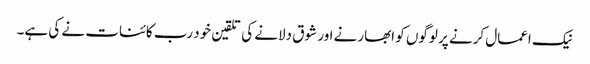
نیک اعمال کرنے پر لوگوں کو ابھارنے اور شوق دلانے کی تلقین خود رب کائنات نے کی ہے۔